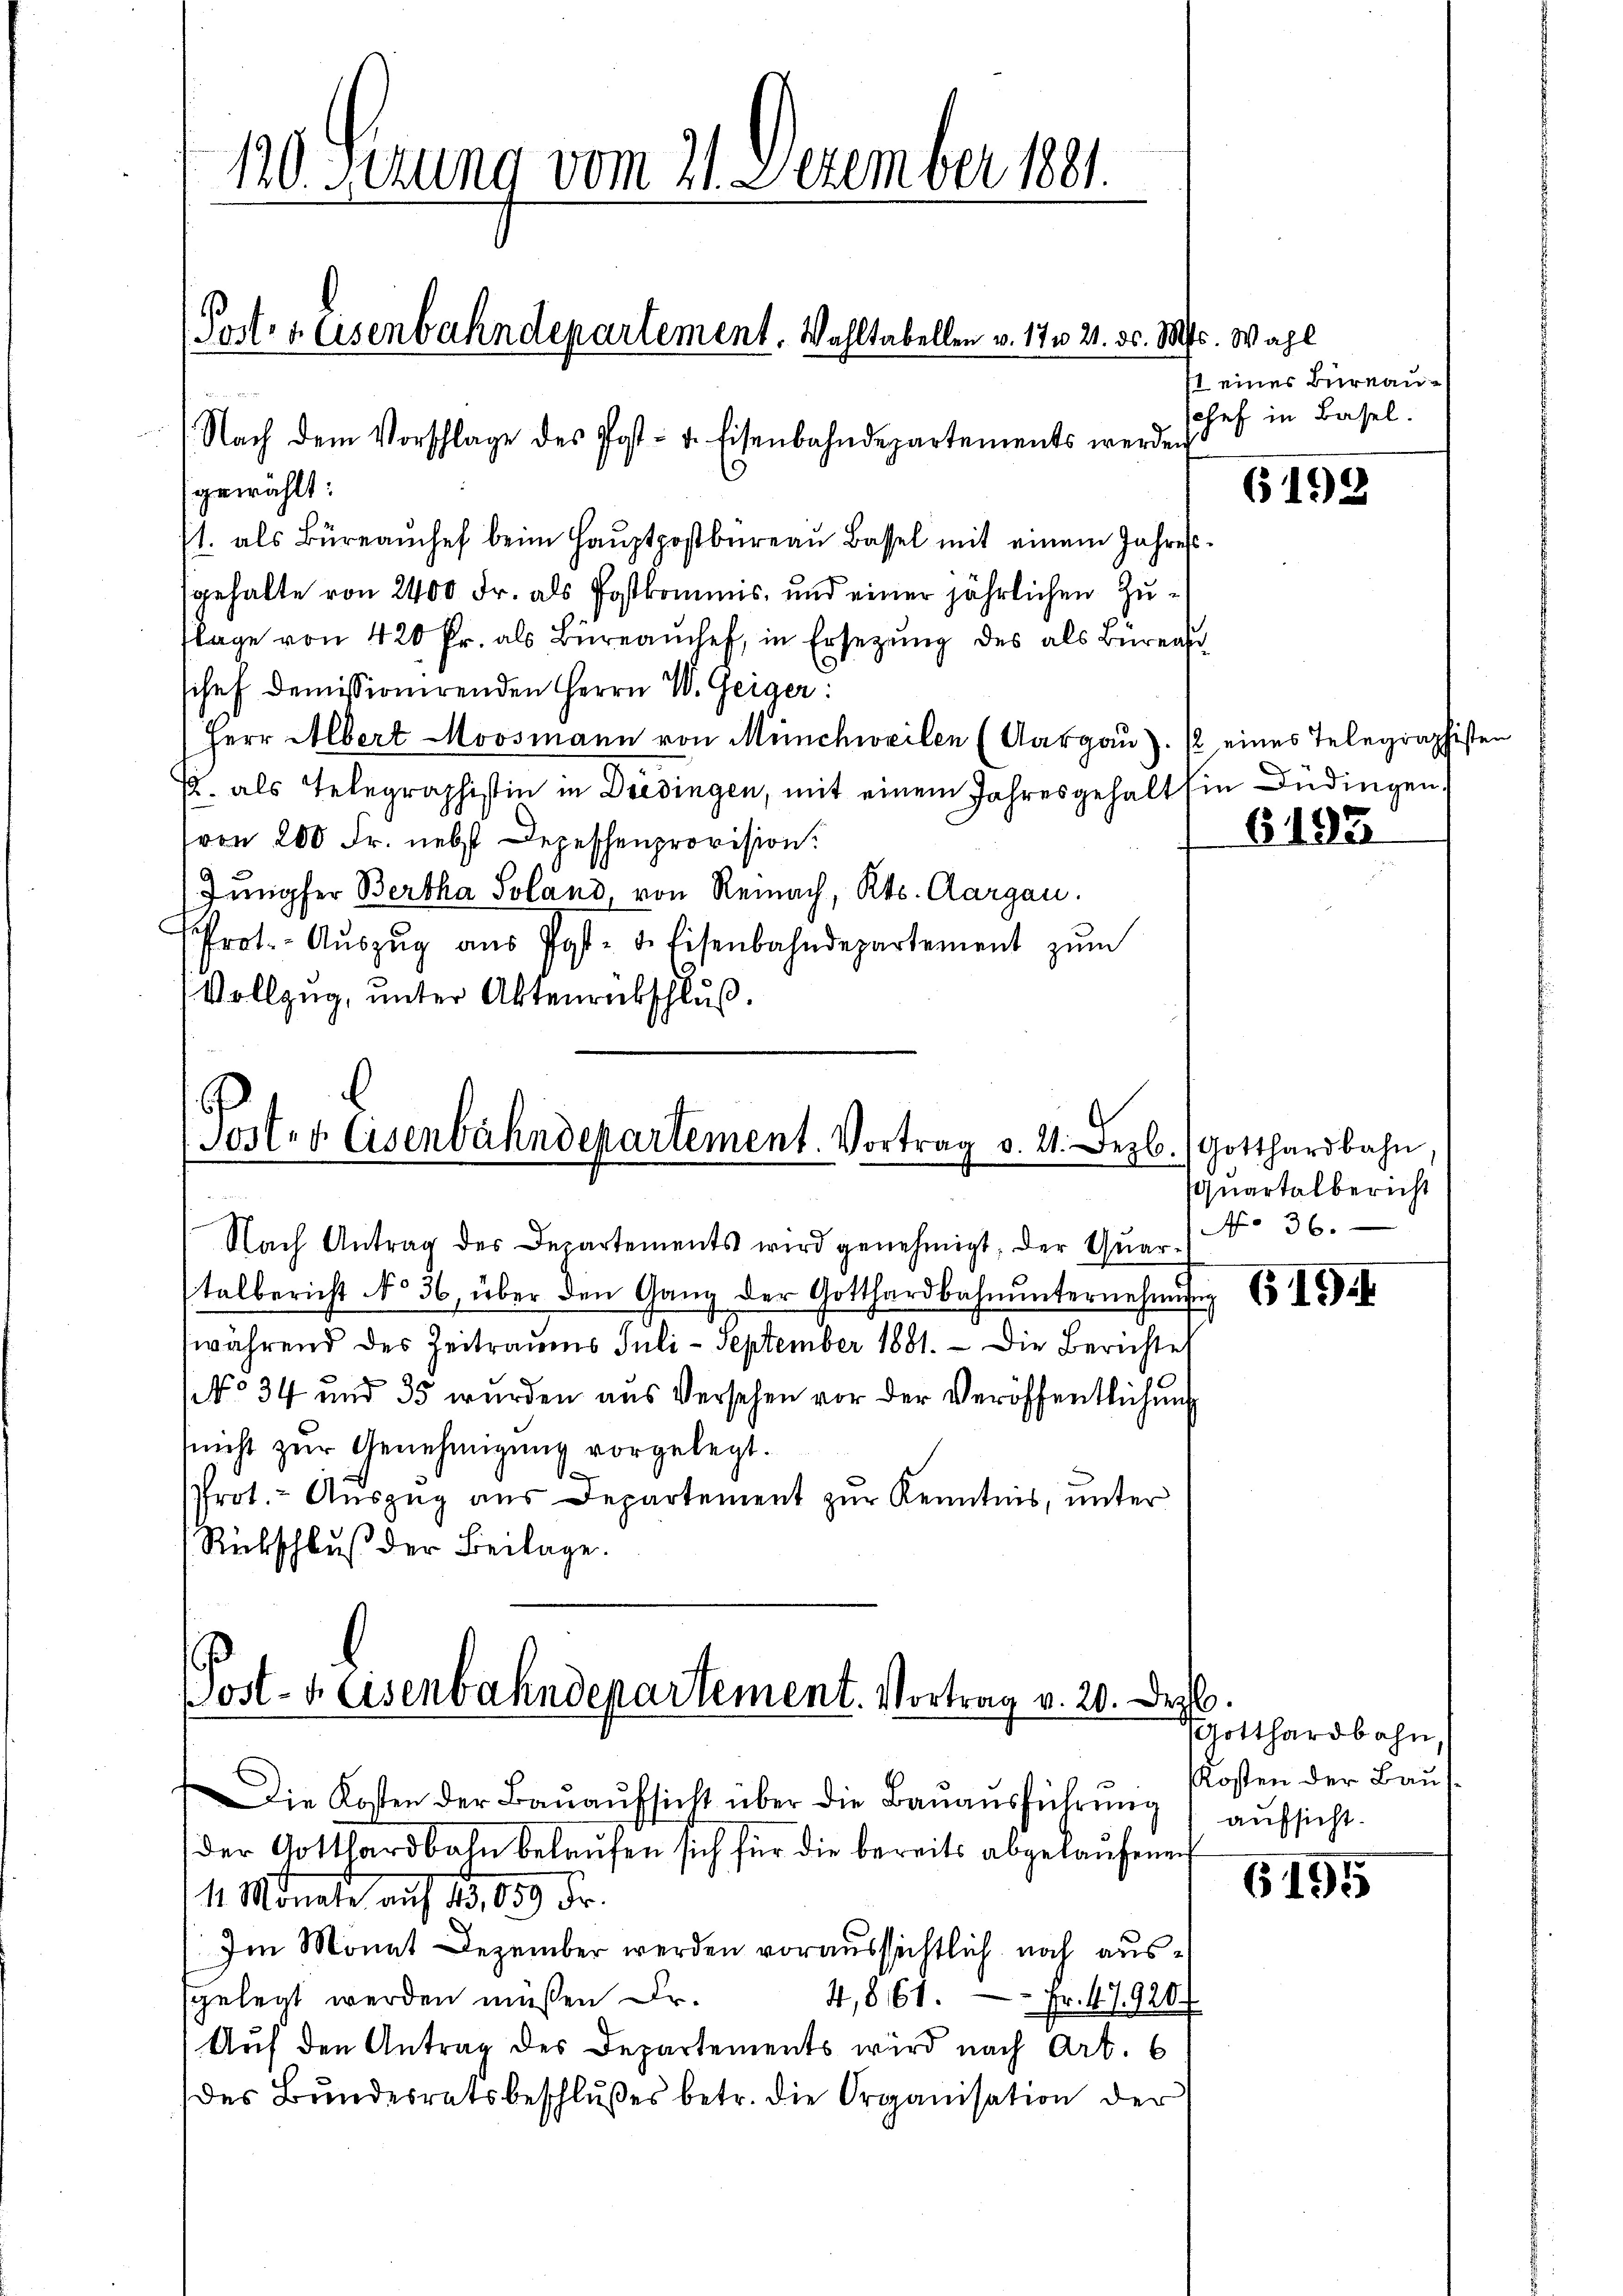
gewählt:
1. als Büreamhef beim Hauptpostbureau Bassel mit einem Jahresgehalte von 2400 Fr. als Postkommis, und einer jährlichen Zuflage von 420 fr. als Büreaŭchef, in Ersezung des als Bürea
o
schef demissionirenden Herrn W. Geiger:
Herr Albert Moosmann von Münchweilen (Aargaŭ). / eines Telegraphiste
E. als Telegraphistin in Dredingen, mit einem Jahresgehalt Ein Büdingen.
(von 200 Fr. nebst Depeschenprovision.
Jungfer Bertha Soland, von Reinach, Kts. Aargau.
Prot. - Aŭszŭg aŭs Post- u. Eisenbahndepartement zŭm
Vollzug, unter Aktenrabschluß

120. Serung vom 21. Dezember 1891.
Post- & Eisenbahndepartement. Wahltabellen v. 17 n 21. ds. Mts. Wahl
Nach dem Vorschlage des Post- u. Eisenbahndepartements werden

Poster Eisenbahndepartement. Vortrag v. 2. Dezb. Gotthardbahn.

Post- & Eisenbahndepartement. Vortrag v. 20. Dez
Die Kosten der Baŭaŭfsicht über die Bauausführŭng

st eines Bureauschef in Basel.

der Gotthardbahn belaufen sich für die bereits abgelaufenen
4 Monate auf 13, 159. Fr.
Im Monat Dezember werden voraussichtlich noch ausgelegt werden müssen Dr.
4,861. — Fr. 47920f
Auf den Antrag des Departements wird nach Art. 6
des Bundesratsbeschlußes betr. die Organisation der

Nach Antrag des Departements wird genehmigt; der Quartalbericht No 36 über den Gang der Gotthardbahnŭnternehmung (I
(während des Zeitraums Juli - September 1881. - Die Berichte
(No 34 und 35 wurden aus Versehen vor der Veröffentlichung
nnicht zur Genehmigung vorgelegt.
Prot. Aŭszŭg aŭs Departement zŭr Kenntnis, unter
Rückschluß der Beilage.

6192

6193

Quartalbericht
No 36.

.
Gotthardbahn,
Kosten der Bau
aufsicht.

6195